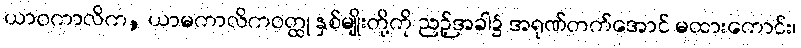
ယာဝကာလိက, ယာမကာလိကဝတ္ထု နှစ်မျိုးတို့ကို ညဉ့်အခါ၌ အရုဏ်တက်အောင် မထားကောင်း၊